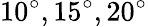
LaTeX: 10^{\circ},15^{\circ},20^{\circ}